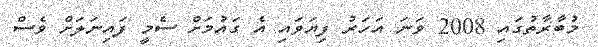
މުބާރާތުގައި 2008 ވަނަ އަހަރު ފިޔަވައި އެ ގައުމަށް ސެމީ ފައިނަލަށް ވެސް